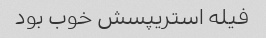
فیله استریپسش خوب بود